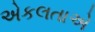
એકલતાએ